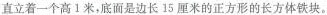
直立着一个高1米，底面是边长15厘米的正方形的长方体铁块。